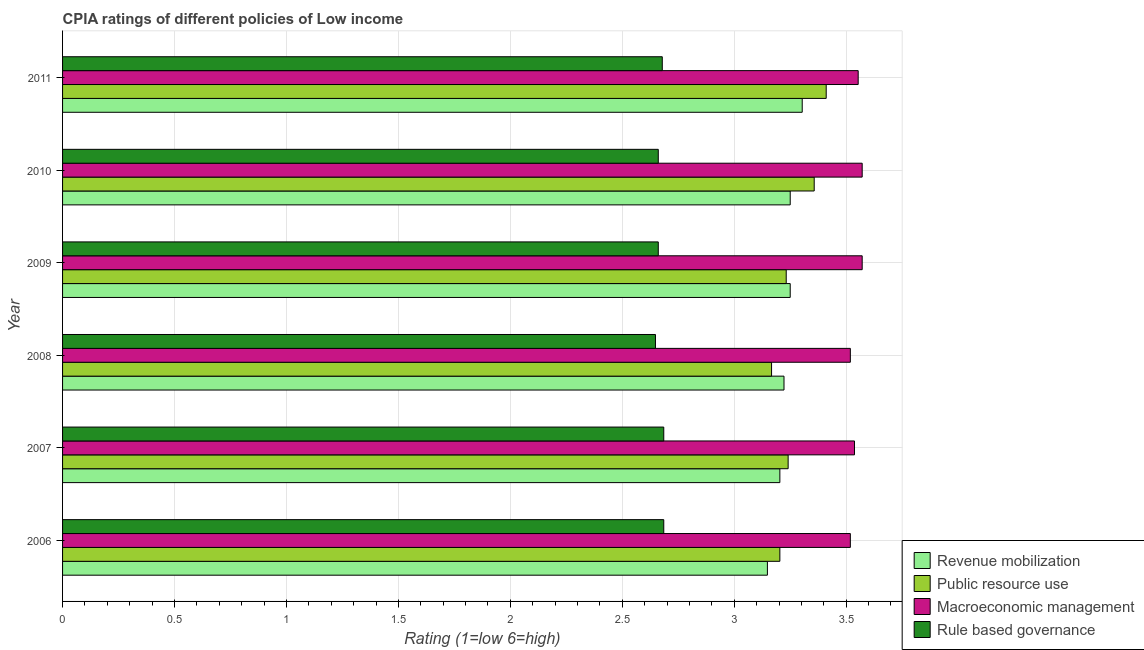
| Year | Revenue mobilization | Public resource use | Macroeconomic management | Rule based governance |
 | --- | --- | --- | --- | --- |
 | 2006 | 3.15 | 3.2 | 3.52 | 2.69 |
 | 2007 | 3.2 | 3.24 | 3.54 | 2.69 |
 | 2008 | 3.22 | 3.17 | 3.52 | 2.65 |
 | 2009 | 3.25 | 3.23 | 3.57 | 2.66 |
 | 2010 | 3.25 | 3.36 | 3.57 | 2.66 |
 | 2011 | 3.3 | 3.41 | 3.55 | 2.68 |